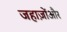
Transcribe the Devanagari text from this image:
जहाज़ोंऔर